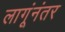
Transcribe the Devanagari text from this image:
लागूंनंतर